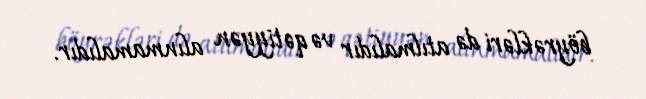
böyrəkləri də atılmalıdır və qətiyyən alınmamalıdır.